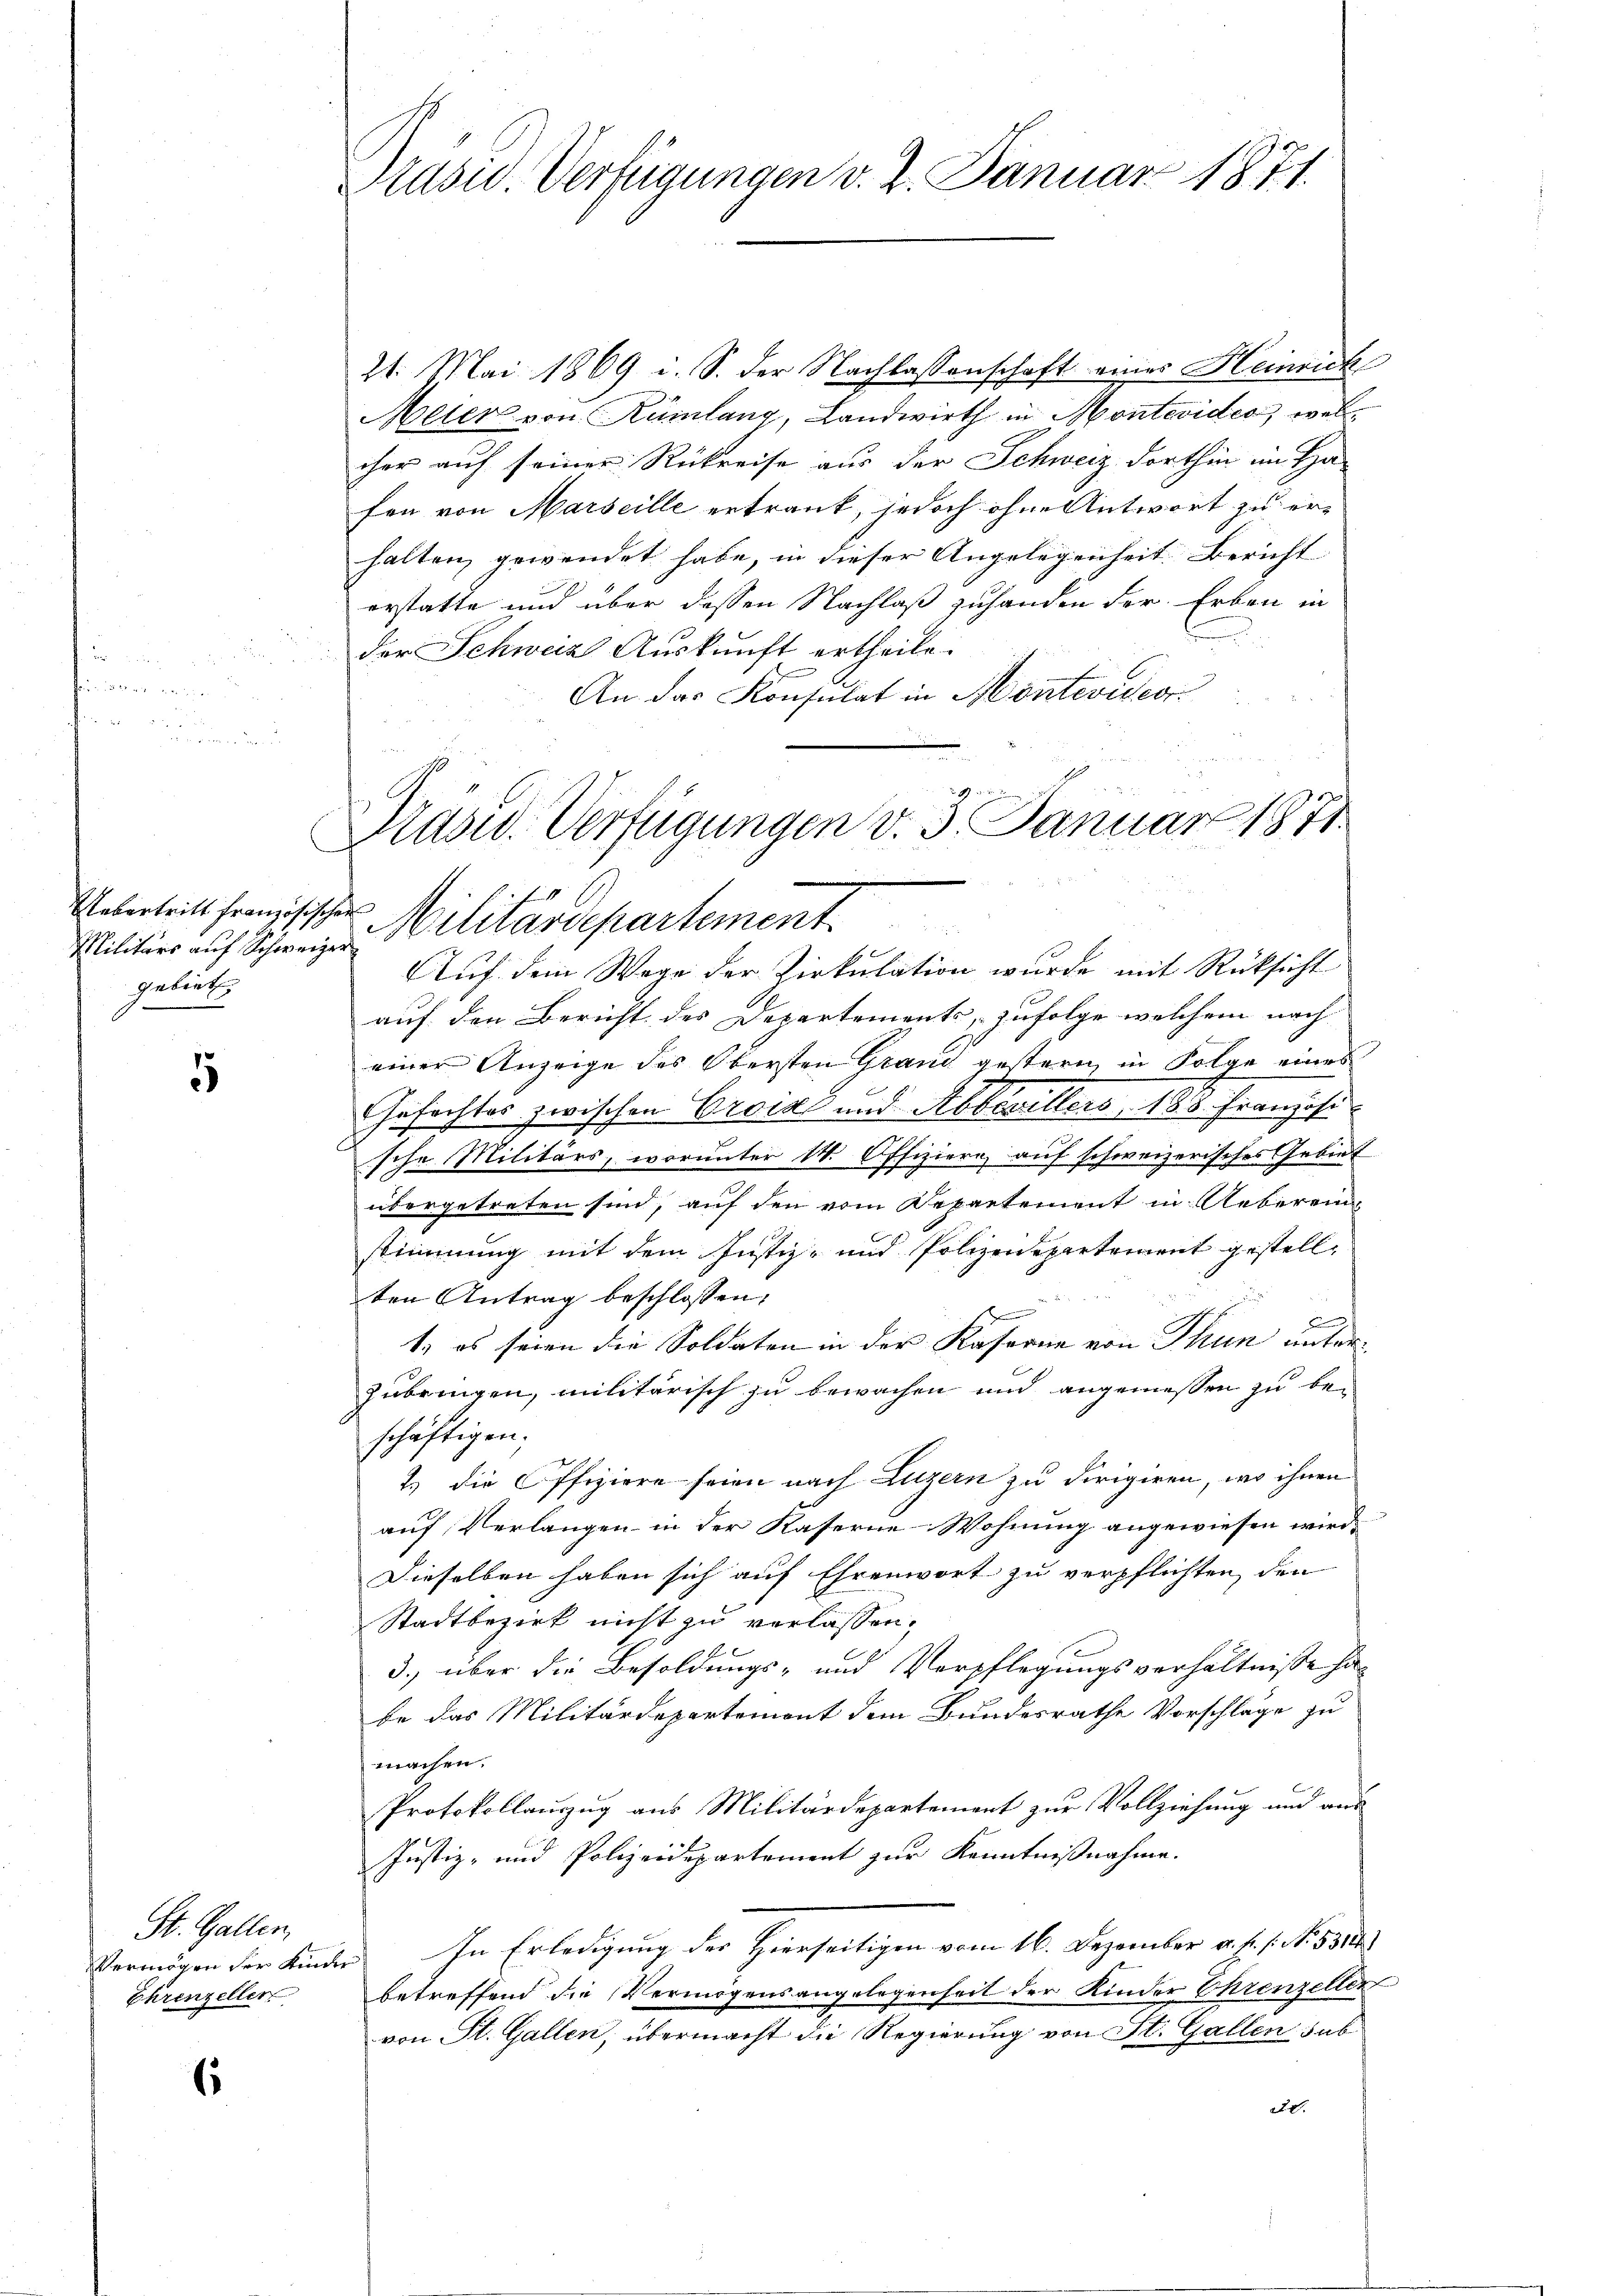
Militärs auf Schweizer
gebiet

5

21. Mai 1869 i. S. der Nachlassenschaft eines Heinrich
Meter von Rümlang, Landwirth in Montevides, welcher auf seiner Rückreise aus der Schweiz dorthin im Ha-
fen von Marseille ertrank, jedoch ohne Antwort zu erhalten, gewendet habe, in dieser Angelegenheit Bericht
erstatte und über dessen Nachlaß zuhanden der Erben in
der Schweiz Auskunft ertheile.
An das Konsulat in Montevideor¬
Auf dem Wege der Zirkulation wurde mit Rücksicht
auf den Bericht des Departements, zufolge welchem nach
einer Anzeige des Obersten Grand gestern in Folge eines
Gefechtes zwischen Crois und Abbonillers 188. Französi
sche Militärs, worunter 14. Offiziere auf schweizerisches Gebiet
übergetreten sind, auf den vom Departement in Uebereinstimmung mit dem Justiz- und Polizeidepartement gestell¬

ten Antrag beschlossen:
s
1) es seien die Soldaten in der Kaserne von Thun unterzubringen, militärisch zu bewachen und angemessen zu be-
schäftigen;
2.) die Offiziere seien nach Luzern zu dirigiren, wo ihnen
auf Verlangen in der Kaserne-Wohnung angewiesen wird.
Dieselben haben sich auf Ehrenwort zu verpflichten, den
Stadtbezirk nicht zu verlassen,
3.) über die Besoldungs- und Verpflegungsverhältnisse habe das Militärdepartemont dem Bundesrathe Vorschläge zu
machen.
Protokollauszug aus Militärdepartement zur Vollziehung und aus
Justiz- und Polizeidepartement zur Kenntnißnahme.
Vermögen der Kinder. In Erledigung der Hierseitigen vom 16. Dezember a. s. f. No. 531
betreffend die Vermögensangelegenheit der Kinder Ehrenzellen
von St. Gallen, übermacht die Regierung von St. Gallen sub
226.

St. Gallen,
Ehrenzeller

6

Ptusw. Verfügungen v. 2. Januar 1871.

Präsid. Verfügungen v. 3. Januar 1871
.
Uebertritt französischen Militärdepartement